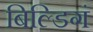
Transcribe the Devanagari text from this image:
बिल्डिगं